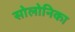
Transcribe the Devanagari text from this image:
सोलोनिका